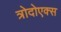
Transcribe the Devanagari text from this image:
त्रोदोएक्स